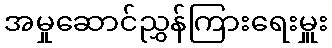
အမှုဆောင်ညွှန်ကြားရေးမှူး